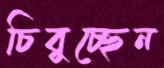
চিবুচ্ছেন